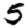
Digit: 5